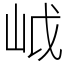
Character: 㞽